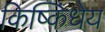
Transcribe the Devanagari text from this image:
किष्किंधेय